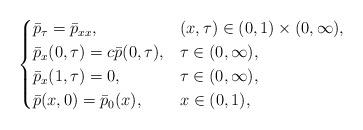
LaTeX: \begin{align*}\begin{cases} \bar p_\tau = \bar p_{xx}, & (x,\tau)\in (0,1)\times (0,\infty), \\ \bar p_x(0,\tau) = c \bar p(0,\tau), & \tau\in(0,\infty),\\ \bar p_x(1,\tau) = 0,& \tau\in(0,\infty),\\ \bar p(x,0) = \bar p_0(x),& x\in(0,1),\end{cases}\end{align*}